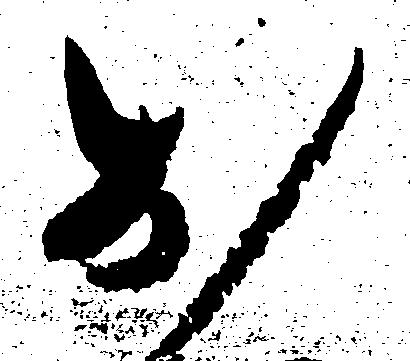
お